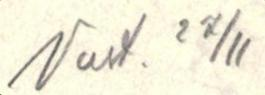
Vast. 27/11